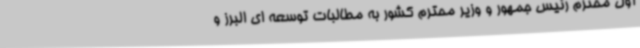
اول محترم رئیس جمهور و وزیر محترم کشور به مطالبات توسعه ای البرز و